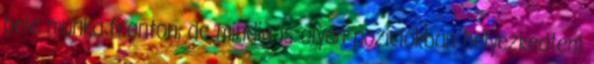
bele munka fronton, de mindig is olyan pozíciókban helyezkedtem